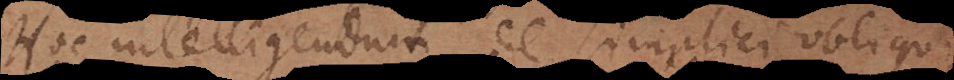
Hoc intelligendum de simplici obliqui